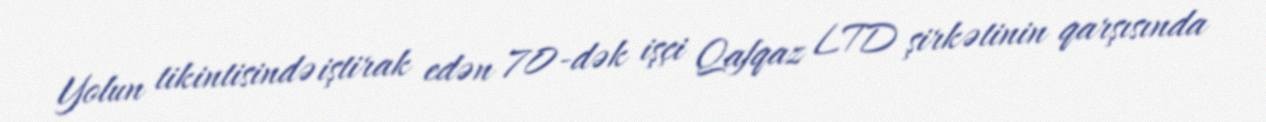
Yolun tikintisində iştirak edən 70-dək işçi Qafqaz LTD şirkətinin qarşısında